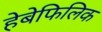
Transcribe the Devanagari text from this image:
हेबेफिलिक